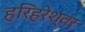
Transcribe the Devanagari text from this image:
हरिहरेश्वर